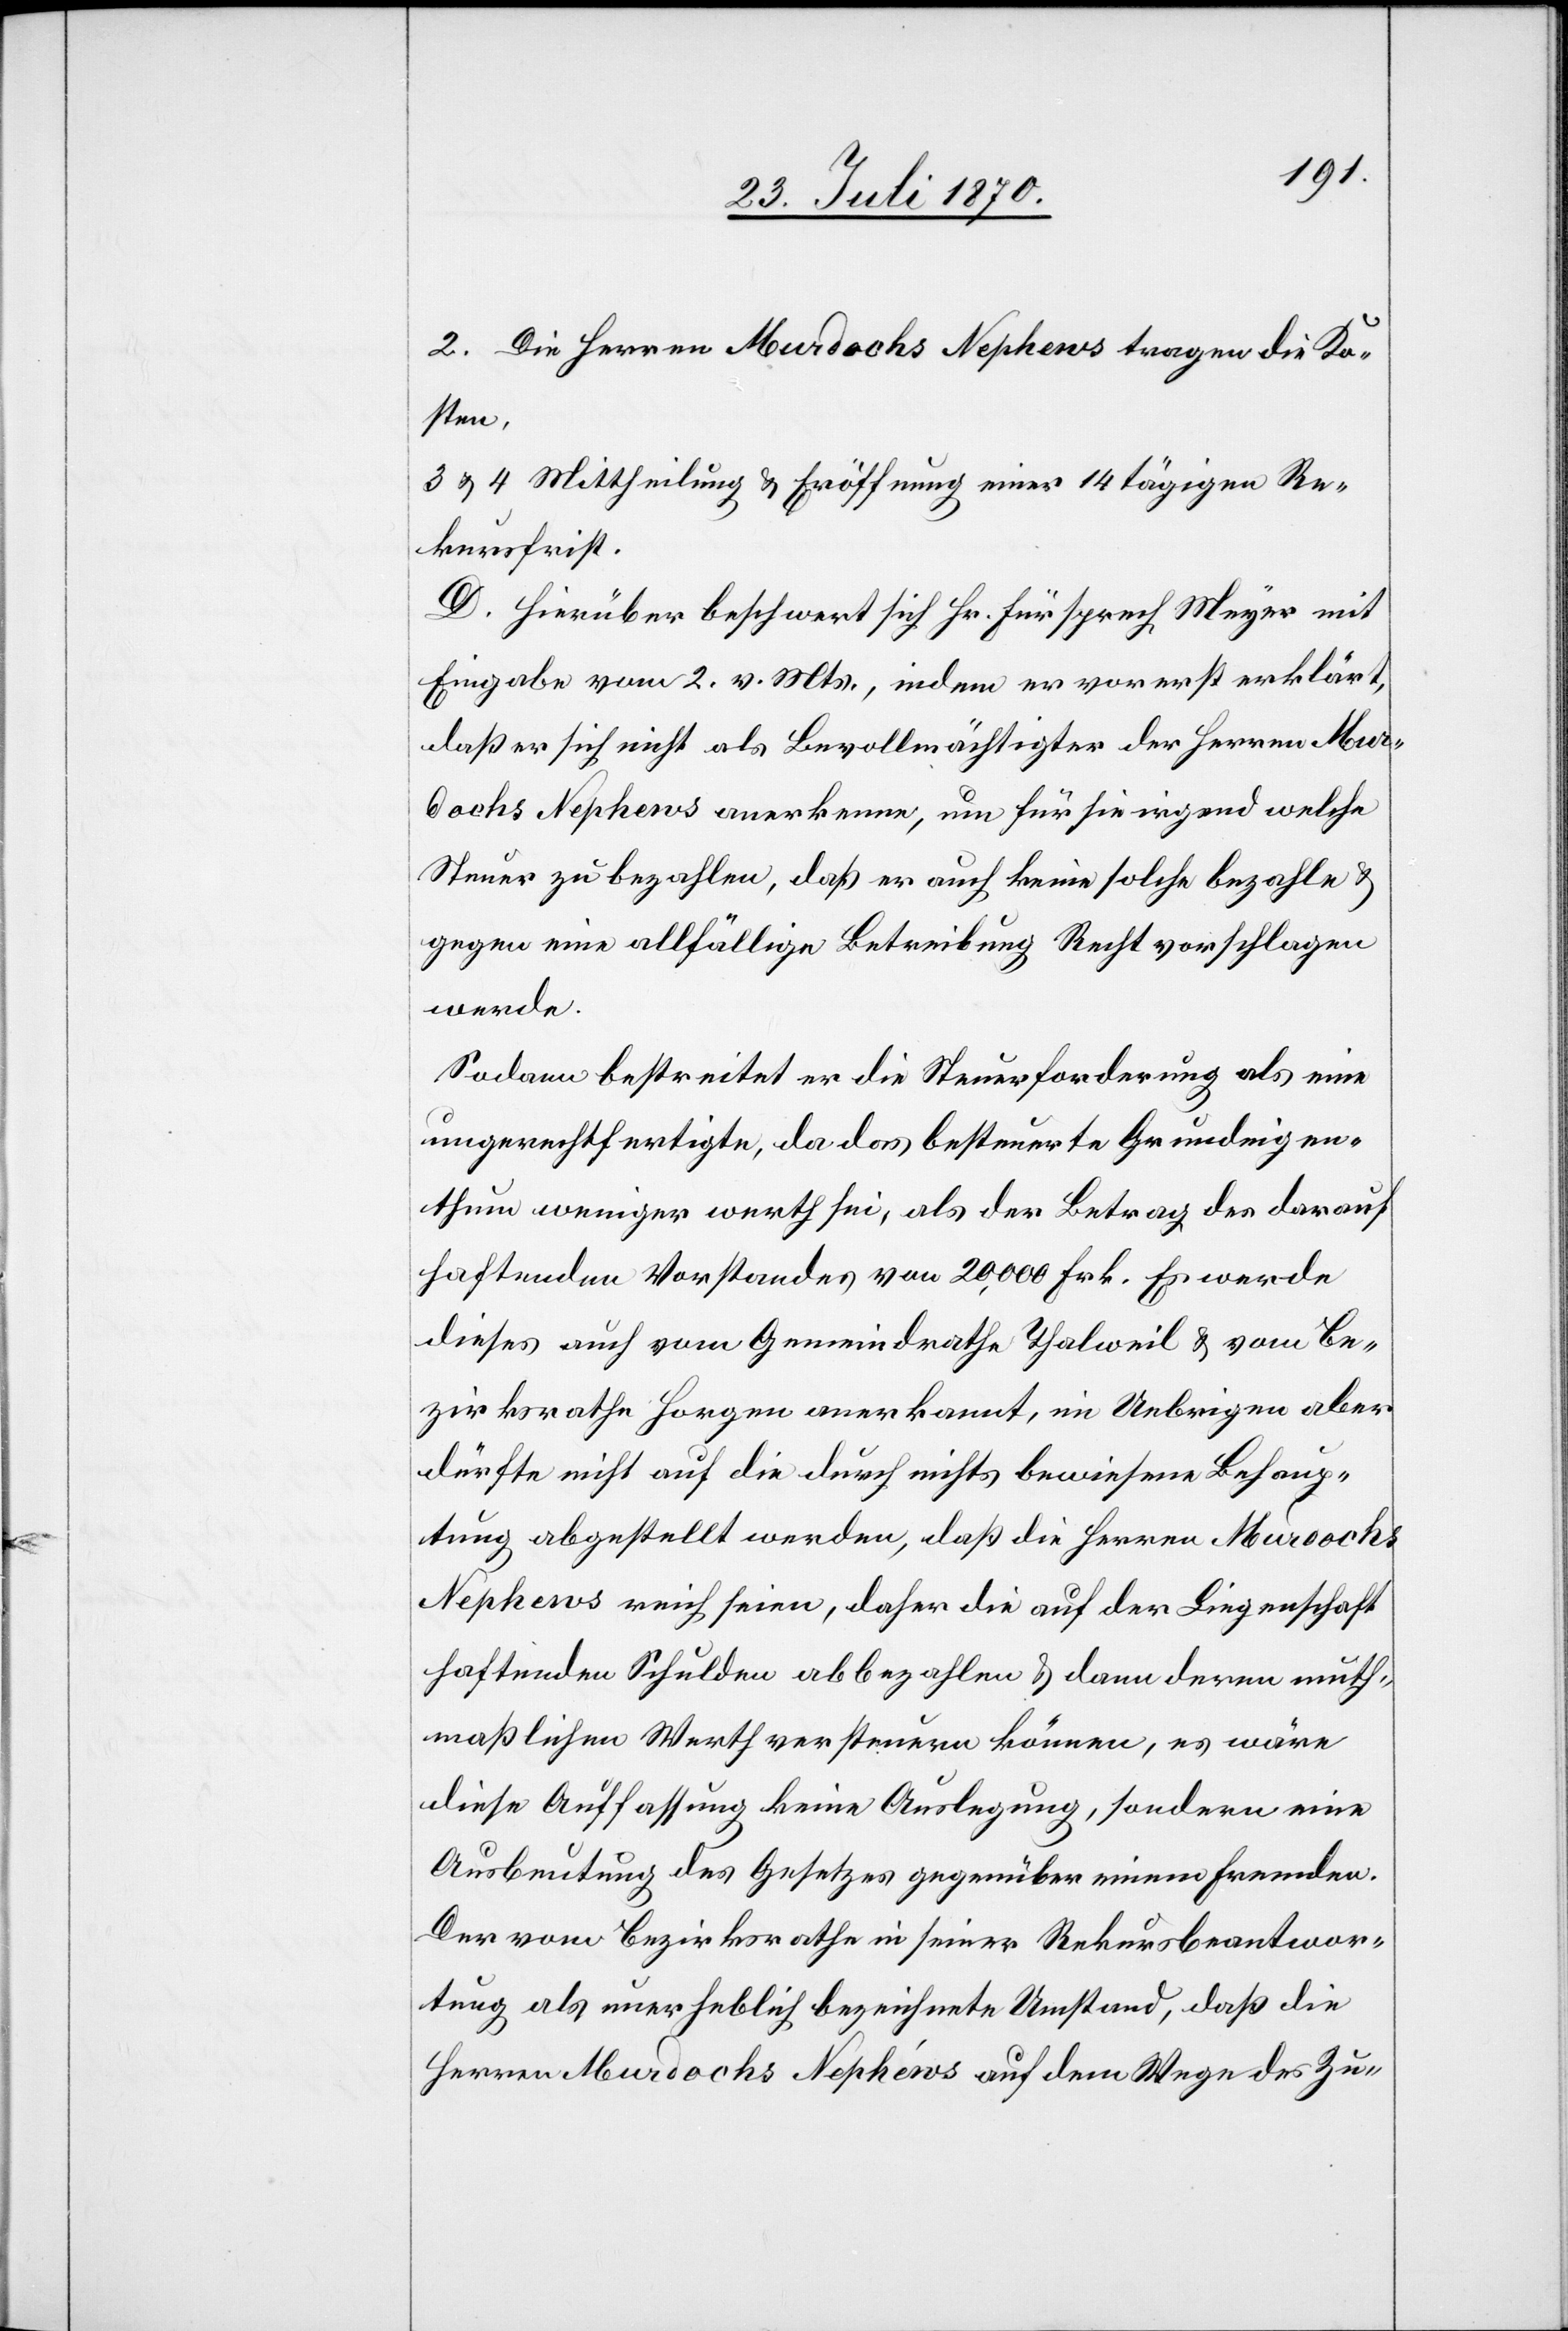
2. Die Herren Murdochs Nephews tragen die Ko¬
sten.
3 & 4 Mittheilung & Eröffnung einer 14tägigen Re¬
kursfrist.
D. Hierüber beschwert sich Hr. Fürsprech Meyer mit
Eingabe vom 2. v. Mts., indem er vorerst erklärt,
daß er sich nicht als Bevollmächtigter der Herren Mur¬
dochs Nephews anerkenne, um für sie irgend welche
Steuer zu bezahlen, daß er auch keine solche bezahle &
gegen eine allfällige Betreibung Recht vorschlagen
werde.
Sodann bestreitet er die Steuerforderung als eine
ungerechtfertigte, da das besteuerte Grundeigen¬
thum weniger werth sei, als der Betrag des darauf
haftenden Vorstandes von 20,000 Frk. Es werde
dieses auch vom Gemeindrathe Thalweil & vom Be¬
zirksrathe Horgen anerkannt, im Uebrigen aber
dürfte nicht auf die durch nichts bewiesene Behaup¬
tung abgestellt werden, daß die Herren Murdochs
Nephews reich seien, daher die auf der Liegenschaft
haftenden Schulden abbezahlen & dann deren muth¬
maßlichen Werth versteuern können, es wäre
diese Auffassung keine Auslegung, sondern eine
Ausbeutung des Gesetzes gegenüber einem Fremden.
Der vom Bezirksrathe in seiner Rekursbeantwor¬
tung als unerheblich bezeichnete Umstand, daß die
Herren Murdochs Nephéws auf dem Wege des Zu-